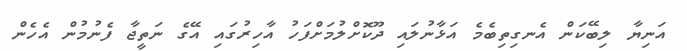
އަނިޔާ ލިބޭކަން އެނގިތިބެމެ އަޅާނުލައި ދޫކޮށްލުމަށްފަހު އާހިރުގައި އޭގެ ނަތީޖާ ފެނުމުން އެހެން